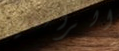
الرائعين